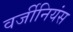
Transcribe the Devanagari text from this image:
वर्जीनियंस